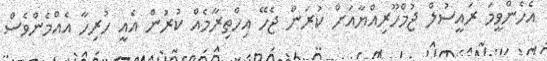
އެހެންވީމަ ރައީސުލް ޖުމްހޫރިއްޔާއަށް ކުރަން ޖެހޭ އިހްތިރާމެއް ކުރުން އެއީ ހުރިހާ އެއްމެންވެސް